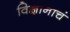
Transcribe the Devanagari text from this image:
विज्ञानाचं